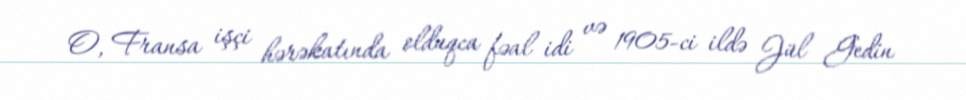
O, Fransa işçi hərəkatında olduqca fəal idi və 1905-ci ildə Jül Gedin